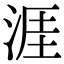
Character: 涯